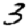
Digit: 3